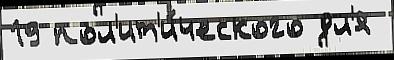
19 пол'ит'и́ческого дл'я